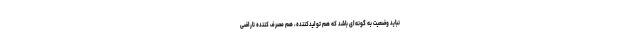
نباید وضعیت به گونه‌ای باشد که هم تولیدکننده، هم مصرف کننده ناراضی